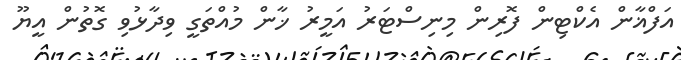
އަފްޣާން އެކްޓިން ފޮރިން މިނިސްޓަރު އަމީރު ޚާން މުއްތަގީ ވިދާޅުވި ގޮތުން އީޔޫ